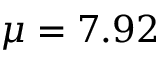
\mu = 7 . 9 2